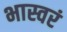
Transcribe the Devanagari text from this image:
भास्वरं